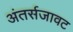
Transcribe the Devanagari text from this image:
अंतर्सजावट